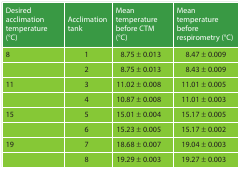
| Desired acclimation temperature (°C) | Acclimation tank | Mean temperature before CTM (°C) | Mean temperature before respirometry (°C) |
 | --- | --- | --- | --- |
 | 8 | 1 | 8.75 ± 0.013 | 8.47 ± 0.009 |
 |  | 2 | 8.75 ± 0.013 | 8.43 ± 0.009 |
 | 11 | 3 | 11.02 ± 0.008 | 11.01 ± 0.005 |
 |  | 4 | 10.87 ± 0.008 | 11.01 ± 0.003 |
 | 15 | 5 | 15.01 ± 0.004 | 15.17 ± 0.005 |
 |  | 6 | 15.23 ± 0.005 | 15.17 ± 0.002 |
 | 19 | 7 | 18.68 ± 0.007 | 19.04 ± 0.003 |
 |  | 8 | 19.29 ± 0.003 | 19.27 ± 0.003 |